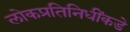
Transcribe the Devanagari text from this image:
लोकप्रतिनिधींकडे